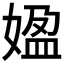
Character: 𡟚